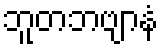
ဘူတဘဗျာနံ